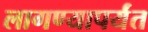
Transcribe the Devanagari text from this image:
लागण्यापर्यंत